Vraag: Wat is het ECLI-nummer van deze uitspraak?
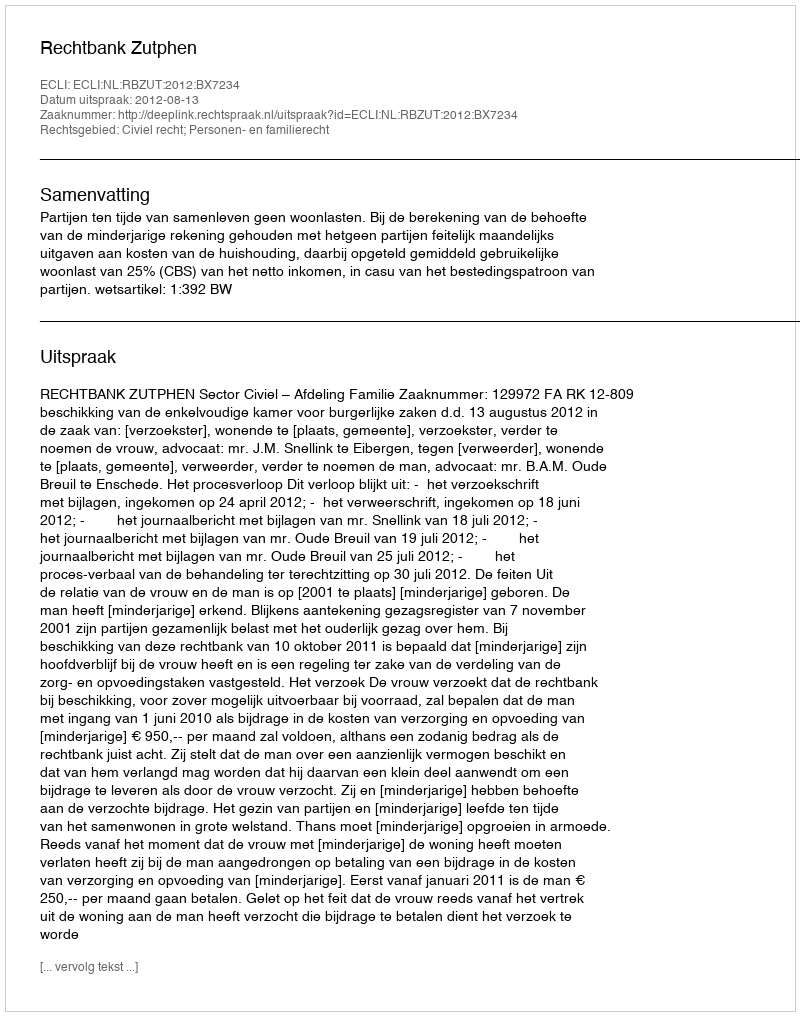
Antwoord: ECLI:NL:RBZUT:2012:BX7234